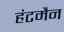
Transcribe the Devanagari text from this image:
हंटमैन